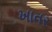
ખાતર